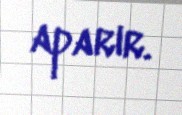
aparır.